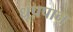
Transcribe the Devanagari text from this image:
धूप्रपान